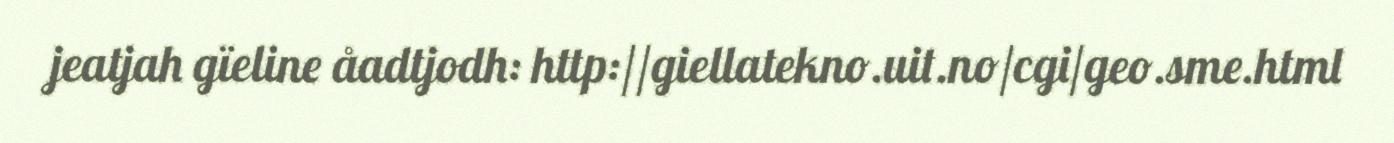
jeatjah gïeline åadtjodh: http://giellatekno.uit.no/cgi/geo.sme.html